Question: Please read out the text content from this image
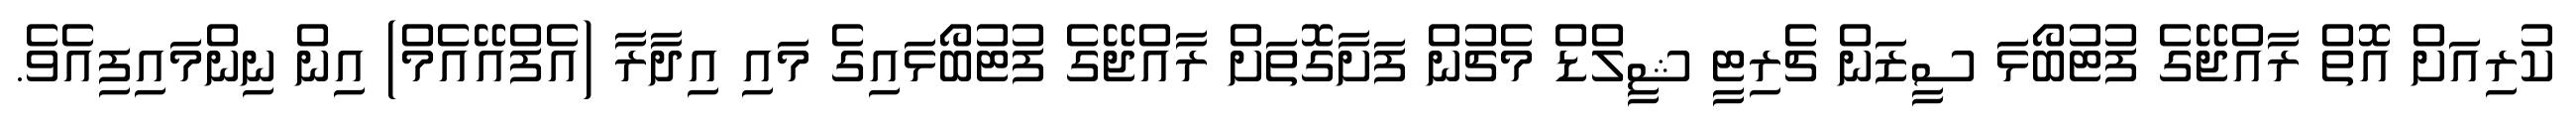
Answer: ކުރިއަށް އޮތް ރާއްޖޭގެ ފުޓުބޯޅަ ސީޒަން ޗެރިޓީ ޝީލްޑް މެޗުން ފަށާގޮތަށް ރާއްޖޭގެ ފުޓުބޯޅައިގެ މައި އިދާރާ (އެފްއޭއެމް) އިން ނިންމައިފިއެވެ.